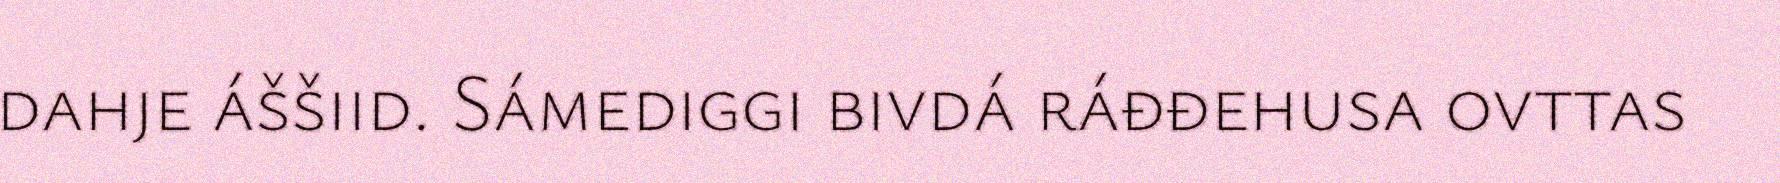
dahje áššiid. Sámediggi bivdá ráđđehusa ovttas